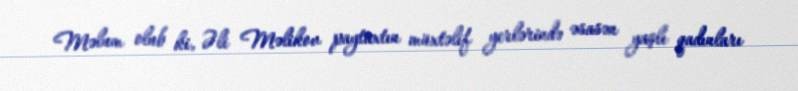
Məlum olub ki, Əli Məlikov paytaxtın müxtəlif yerlərində əsasən yaşlı qadınları